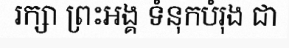
រក្សា ព្រះអង្គ ទំនុកបំរុង ជា